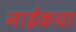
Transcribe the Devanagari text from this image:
नाईकचा